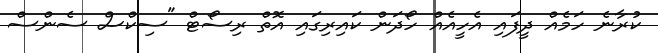
ކުރާނެ ހަމެއް ދީފައި އެހީއެއް ހޯދަން ކައިރިގައި އޮތް ރިސޯޓް "ސިކްސް ސެންސް